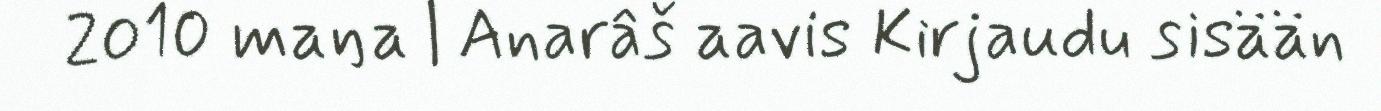
2010 maŋa | Anarâš aavis Kirjaudu sisään